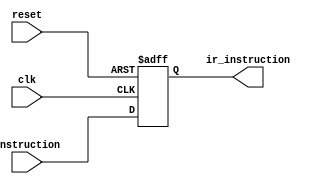
module IR(
    input wire clk,
    input wire reset,
    input wire [7:0] instruction,
    output reg [7:0] ir_instruction
);

// Load instruction into IR
always @(posedge clk or posedge reset) begin
    if (reset) begin
        ir_instruction <= 8'h00;
    end else begin
        ir_instruction <= instruction;
    end
end

endmodule